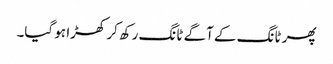
پھر ٹانگ کے آگے ٹانگ رکھ کر کھڑا ہو گیا۔